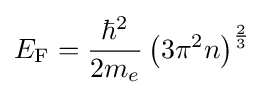
E_{\rm {F}}={\frac {\hbar ^{2}}{2m_{e}}}\left(3\pi ^{2}n\right)^{\frac {2}{3}}